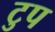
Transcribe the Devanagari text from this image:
टुप